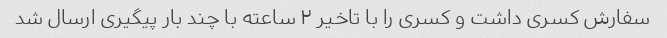
سفارش کسری داشت و کسری را با تاخیر ۲ ساعته با چند بار پیگیری ارسال شد